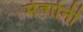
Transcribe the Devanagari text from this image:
मेन्गोनी